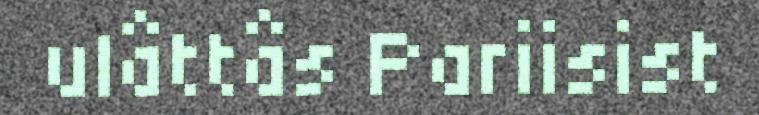
ulâttâs Pariisist